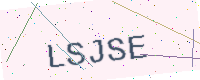
Text: LSJSE